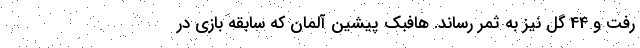
رفت و 44 گل نیز به ثمر رساند. هافبک پیشین آلمان که سابقه بازی در